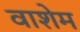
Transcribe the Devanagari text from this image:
वाशेम